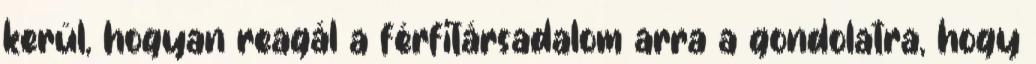
kerül, hogyan reagál a férfitársadalom arra a gondolatra, hogy